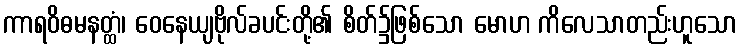
ကာရဝိဓမနတ္ထံ၊ ဝေနေယျဗိုလ်ခပင်းတို့၏ စိတ်၌ဖြစ်သော မောဟ ကိလေသာတည်းဟူသော